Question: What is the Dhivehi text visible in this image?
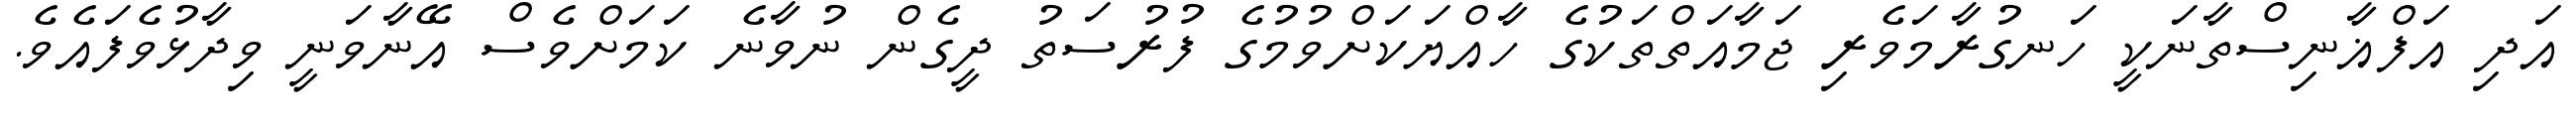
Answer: އަދި އަފްޣާނިސްތާނަކީ ހަނގުރާމަވެރި ޖަމާއަތްތަކުގެ ހާއްޔަކަށްވުމުގެ ފުރުސަތު ދީގެން ނުވާނެ ކަމަށްވެސް އޭނާވަނީ ވިދާޅުވެފައެވެ.